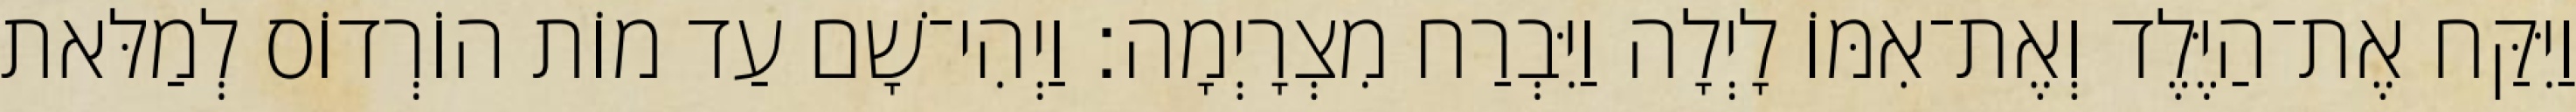
וַיִּקַּח אֶת־הַיֶּלֶד וְאֶת־אִמּוֹ לָיְלָה וַיִּבְרַח מִצְרָיְמָה׃ וַיְהִי־שָׁם עַד מוֹת הוֹרְדוֹס לְמַלּאת